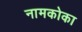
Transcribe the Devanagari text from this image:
नामकोका